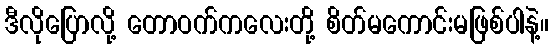
ဒီလိုပြောလို့ တောဝက်ကလေးတို့ စိတ်မကောင်းမဖြစ်ပါနဲ့။